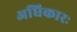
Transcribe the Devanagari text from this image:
अधिकारः